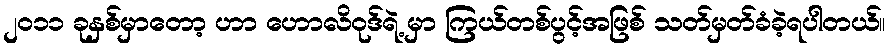
၂၀၁၁ ခုနှစ်မှာတော့ ဟာ ဟောလိဝုဒ်ရဲ့ မှာ ကြယ်တစ်ပွင့်အဖြစ် သတ်မှတ်ခံခဲ့ရပါတယ်။